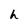
Character: h